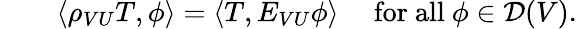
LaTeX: \qquad\langle\rho_{VU}T,\phi\rangle=\langle T,E_{VU}\phi\rangle\quad{\mathrm{~for~all~}}\phi\in{\mathcal{D}}(V).